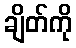
ချိတ်ကို